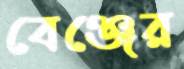
বেঞ্জের